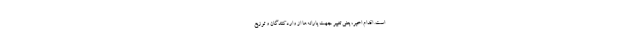
است. اقدام اخیر، یعنی تغییر جهت یارانه‌ها از واردکنندگان و توزیع‌